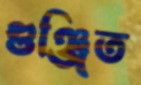
গুঞ্জিত